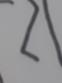
Signature authenticity: forged